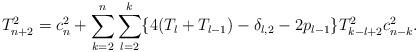
LaTeX: \begin{align*}T_{n+2}^2=c_n^2+\sum_{k=2}^n\sum_{l=2}^k\{4(T_l+T_{l-1})-\delta_{l,2}-2p_{l-1}\}T_{k-l+2}^2c_{n-k}^2.\end{align*}